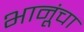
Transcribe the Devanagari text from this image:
भानूंचा